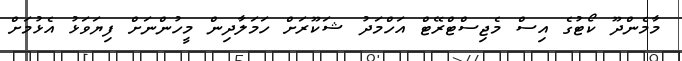
މާމެންދޫ ކޯޓުގެ އިސް މެޖިސްޓްރޭޓް އަހްމަދު ޝަކޫރަށް ހަމަލާދިން މީހުންނަށް ފިޔަވަޅު އެޅުމަށް